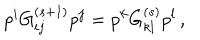
LaTeX: p ^ { i } G _ { i j } ^ { ( s + 1 ) } p ^ { j } = p ^ { k } G _ { k l } ^ { ( s ) } p ^ { l } \, ,